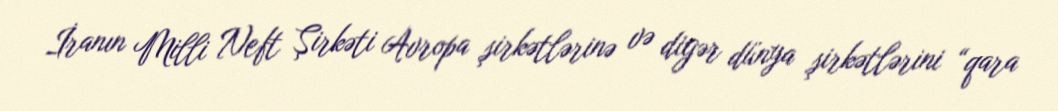
İranın Milli Neft Şirkəti Avropa şirkətlərinə və digər dünya şirkətlərini “qara